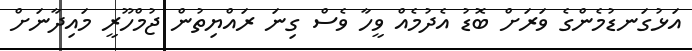
އަޅުގަނޑުމެންގެ ވަރަށް ބޮޑު އެދުމެއް ވީހާ ވެސް ގިނަ ރައްޔިތުން ޖުމްހޫރީ މައިދާނަށް